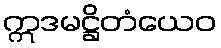
ဣဒမဋ္ဌိတံယေဝ